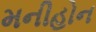
મનીહોન